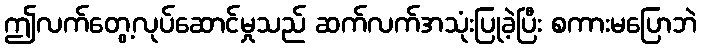
ဤလက်တွေ့လုပ်ဆောင်မှုသည် ဆက်လက်အသုံးပြုခဲ့ပြီး စကားမပြောဘဲ